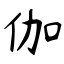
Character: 伽